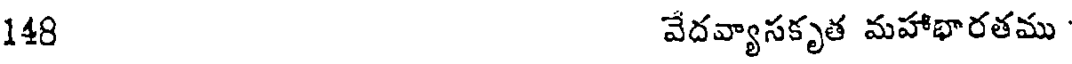
148 వేదవ్యాసకృత మహాభారతము